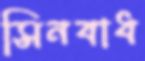
সিনবাধ